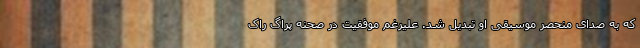
که به صدای منحصر موسیقی او تبدیل شد. علیرغم موفقیت در صحنه پراگ راک